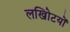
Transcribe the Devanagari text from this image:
लखोिटयों